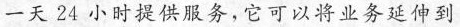
一天24小时提供服务，它可以将业务延伸到